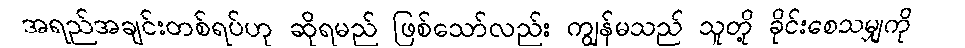
အရည်အချင်းတစ်ရပ်ဟု ဆိုရမည် ဖြစ်သော်လည်း ကျွန်မသည် သူတို့ ခိုင်းစေသမျှကို